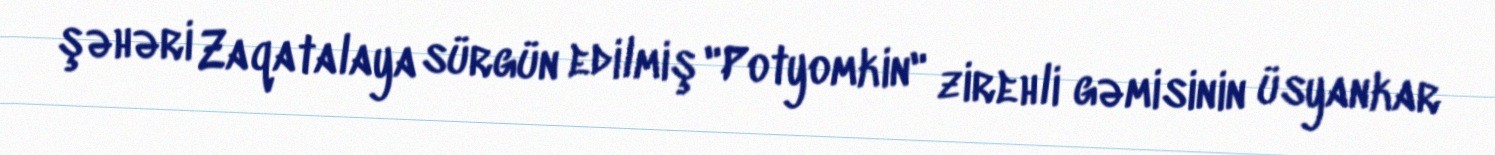
şəhəri Zaqatalaya sürgün edilmiş "Potyomkin" zirehli gəmisinin üsyankar